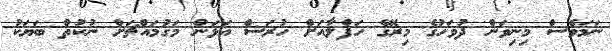
ނަމަވެސް މިނިވަން ދުވަހުގެ މިރޭގެ ހަފްލާއަށް ހުރަސް އަޅަން މަގުމައްޗަށް ނުކުތް ބަޔަކު